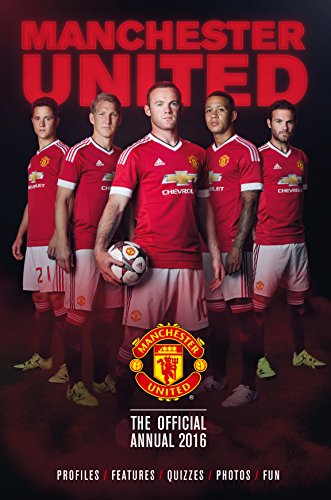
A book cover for The Official Manchester United Annual 2016; Steve Bertram; Children's Books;